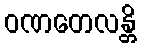
ဝဏတေလန္တိ